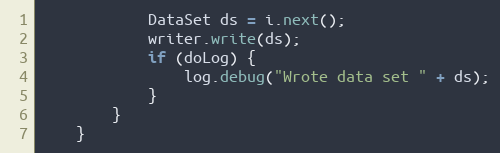
Language: Java
			DataSet ds = i.next();
			writer.write(ds);
			if (doLog) {
				log.debug("Wrote data set " + ds);
			}
		}
	}